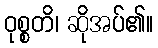
ဝုစ္စတိ၊ ဆိုအပ်၏။